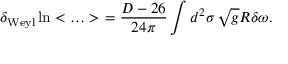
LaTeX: \delta _ { \mathrm { W e y l } } \ln < \ldots > \ = \frac { D - 2 6 } { 2 4 \pi } \int d ^ { 2 } \sigma \, \sqrt { g } R \delta \omega .